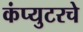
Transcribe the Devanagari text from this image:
कंप्युटरचे